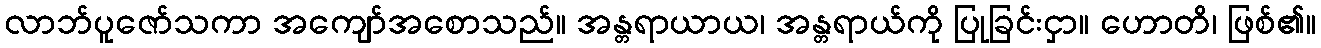
လာဘ်ပူဇော်သကာ အကျော်အစောသည်။ အန္တရာယာယ၊ အန္တရာယ်ကို ပြုခြင်းငှာ။ ဟောတိ၊ ဖြစ်၏။